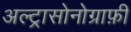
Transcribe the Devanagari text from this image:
अल्ट्रासोनोग्राफ़ी